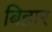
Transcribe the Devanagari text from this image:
बिहार